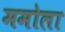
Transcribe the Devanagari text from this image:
ममोला